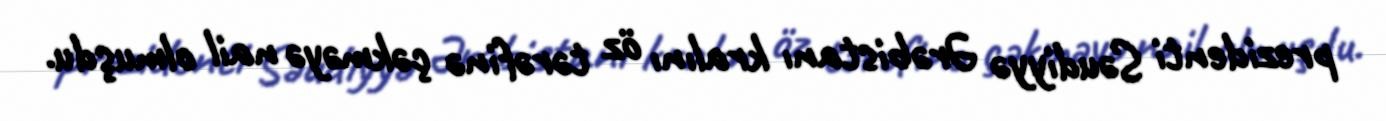
prezidenti Səudiyyə Ərəbistanı kralını öz tərəfinə çəkməyə nail olmuşdu.